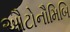
ઔટોનૌમિબિ